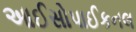
આઈસોપાઈકનલ